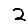
Digit: 2